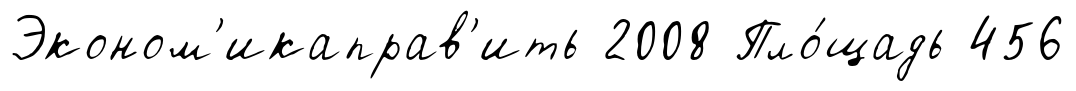
Эконом'икаправ'ить 2008 Пло́щадь 456